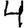
Digit: 4